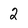
Character: 2